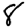
Digit: 8